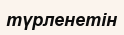
түрленетін